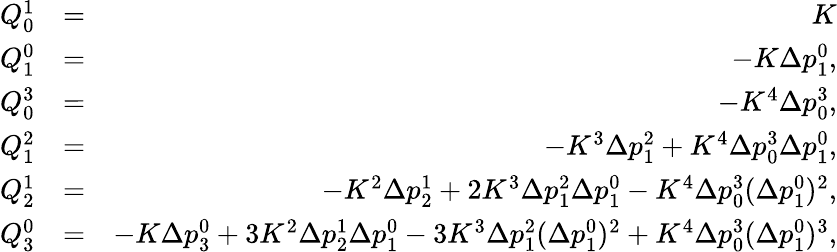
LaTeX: \begin{array}{rlr}{Q_{0}^{1}}&{=}&{K}\\ {Q_{1}^{0}}&{=}&{-K\Delta p_{1}^{0},}\\ {Q_{0}^{3}}&{=}&{-K^{4}\Delta p_{0}^{3},}\\ {Q_{1}^{2}}&{=}&{-K^{3}\Delta p_{1}^{2}+K^{4}\Delta p_{0}^{3}\Delta p_{1}^{0},}\\ {Q_{2}^{1}}&{=}&{-K^{2}\Delta p_{2}^{1}+2K^{3}\Delta p_{1}^{2}\Delta p_{1}^{0}-K^{4}\Delta p_{0}^{3}(\Delta p_{1}^{0})^{2},}\\ {Q_{3}^{0}}&{=}&{-K\Delta p_{3}^{0}+3K^{2}\Delta p_{2}^{1}\Delta p_{1}^{0}-3K^{3}\Delta p_{1}^{2}(\Delta p_{1}^{0})^{2}+K^{4}\Delta p_{0}^{3}(\Delta p_{1}^{0})^{3},}\end{array}